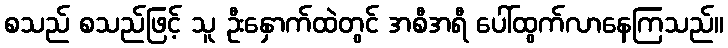
စသည် စသည်ဖြင့် သူ ဦးနှောက်ထဲတွင် အစီအရီ ပေါ်ထွက်လာနေကြသည်။